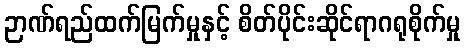
ဉာဏ်ရည်ထက်မြက်မှုနှင့် စိတ်ပိုင်းဆိုင်ရာဂရုစိုက်မှု